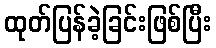
ထုတ်ပြန်ခဲ့ခြင်းဖြစ်ပြီး